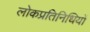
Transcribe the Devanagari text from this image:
लोकप्रतिनिधियों